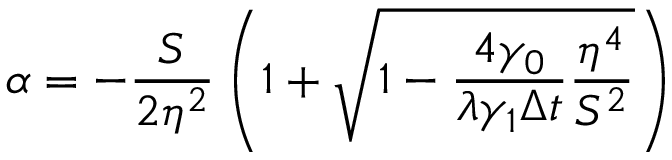
\alpha = - \frac { S } { 2 \eta ^ { 2 } } \left( 1 + \sqrt { 1 - \frac { 4 \gamma _ { 0 } } { \lambda \gamma _ { 1 } \Delta t } \frac { \eta ^ { 4 } } { S ^ { 2 } } } \right)